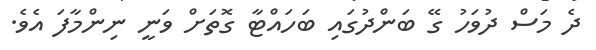
ދެ މަސް ދުވަހު ގޭ ބަންދުގައި ބަހައްޓާ ގޮތަށް ވަނީ ނިންމާފަ އެވެ.